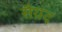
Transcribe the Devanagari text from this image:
सैय़द